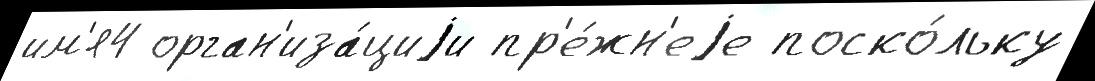
им'я4 орган'иза́циjи пр'е́жн'еjе поско́льку